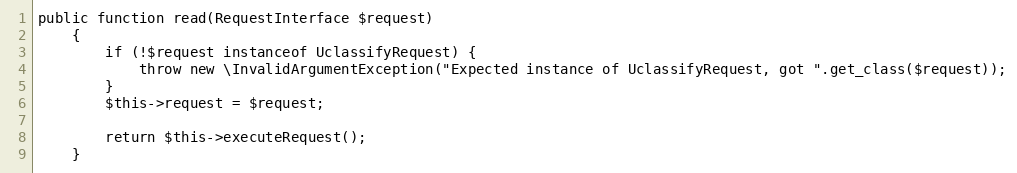
Language: PHP
public function read(RequestInterface $request)
    {
        if (!$request instanceof UclassifyRequest) {
            throw new \InvalidArgumentException("Expected instance of UclassifyRequest, got ".get_class($request));
        }
        $this->request = $request;

        return $this->executeRequest();
    }